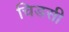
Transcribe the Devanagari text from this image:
चिडसी